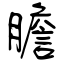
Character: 膽